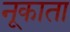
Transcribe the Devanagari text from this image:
नूकाता